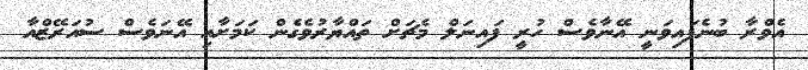
އެވްރާ ބުނެފައިވަނީ އޭނާވެސް ހުރީ ފައިނަލް މެޗަށް ތައްޔާރުވެގެން ކަމަށާއި އޭނަވެސް ސުއަރޭޒްއާ